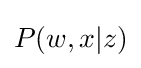
\displaystyle P(w,x|z)